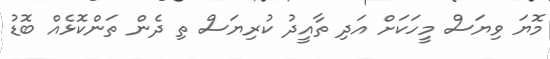
މޮޔަ ވިޔަސް މީހަކަށް އަދި ތާއީދު ކުރިޔަސް ތި ދެން ތަންކޮޅެއް ބޮޑު